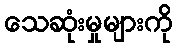
သေဆုံးမှုများကို